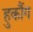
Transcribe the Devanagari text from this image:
हुकौंग